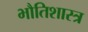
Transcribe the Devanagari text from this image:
भौतिशास्त्र